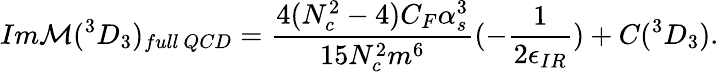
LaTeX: Im{\cal M}(^{3}D_{3})_{full~QCD}=\frac{4(N_{c}^{2}-4)C_{F}\alpha_{s}^{3}}{15N_{c}^{2}m^{6}}(-\frac{1}{2\epsilon_{IR}})+C(^{3}D_{3}).